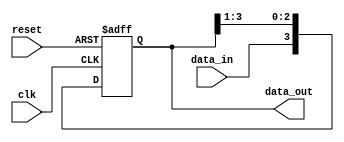
module SIPO_shift_register (
    input wire clk,
    input wire reset,
    input wire data_in,
    output reg [3:0] data_out
);

reg [3:0] shift_reg;

always @(posedge clk or posedge reset) begin
    if (reset) begin
        shift_reg <= 4'b0000;
    end else begin
        shift_reg <= {data_in, shift_reg[3:1]};
    end
end

assign data_out = shift_reg;

endmodule